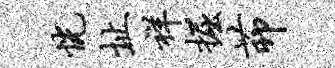
恍址祥掘茆